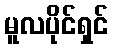
မူလပိုင်ရှင်